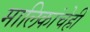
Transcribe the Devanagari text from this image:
मालिकांचेही